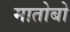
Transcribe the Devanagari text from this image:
मातोबो